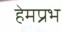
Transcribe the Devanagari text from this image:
हेमप्रभ